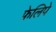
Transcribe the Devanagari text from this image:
फ़ेलिपे